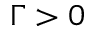
\Gamma > 0